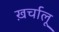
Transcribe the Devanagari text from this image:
ख़र्चालू